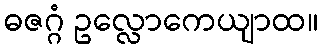
ဓဇဂ္ဂံ ဥလ္လောကေယျာထ။